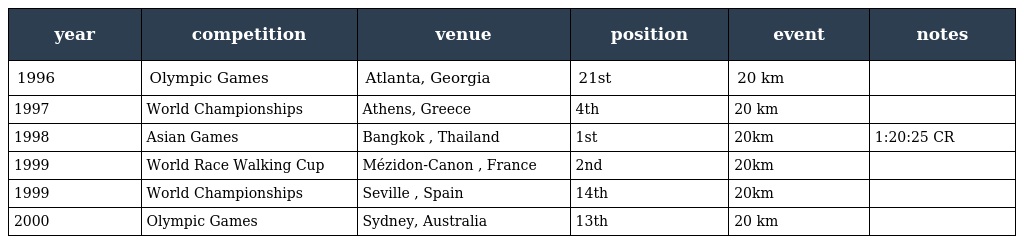
| year | competition | venue | position | event | notes |
 | --- | --- | --- | --- | --- | --- |
 | 1996 | Olympic Games | Atlanta, Georgia | 21st | 20 km |  |
 | 1997 | World Championships | Athens, Greece | 4th | 20 km |  |
 | 1998 | Asian Games | Bangkok , Thailand | 1st | 20km | 1:20:25 CR |
 | 1999 | World Race Walking Cup | Mézidon-Canon , France | 2nd | 20km |  |
 | 1999 | World Championships | Seville , Spain | 14th | 20km |  |
 | 2000 | Olympic Games | Sydney, Australia | 13th | 20 km |  |